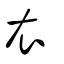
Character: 衣